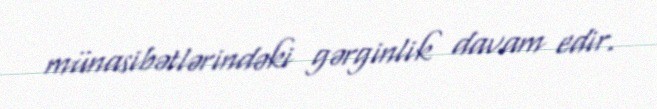
münasibətlərindəki gərginlik davam edir.